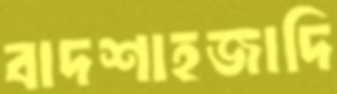
বাদশাহজাদি